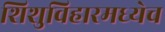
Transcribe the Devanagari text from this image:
शिशुविहारमध्येच